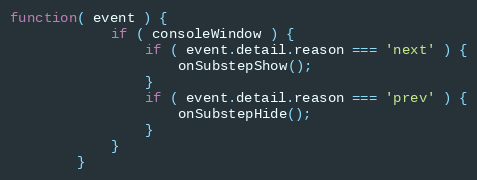
Language: JavaScript
function( event ) {
            if ( consoleWindow ) {
                if ( event.detail.reason === 'next' ) {
                    onSubstepShow();
                }
                if ( event.detail.reason === 'prev' ) {
                    onSubstepHide();
                }
            }
        }